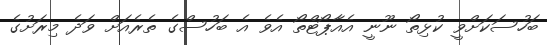
ބަހުސަކަށްވީ ކުޅިތޯ ނޫނީ އެއާޕޯޓްތޯ އެވެ އެ ބަހުސްގެ ތެރެއަށް ވަދެ މިރަށުގެ